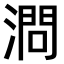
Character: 𣼶